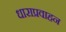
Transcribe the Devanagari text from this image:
धाराप्रवाहन